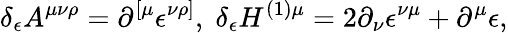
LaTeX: \delta_{\epsilon}A^{\mu\nu\rho}=\partial^{\left[\mu\right.}\epsilon^{\left.\nu\rho\right]},\; \delta_{\epsilon}H^{(1)\mu}=2\partial_{\nu}\epsilon^{\nu\mu}+\partial^{\mu}\epsilon,